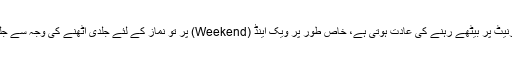
جن کو شوق ہے، بعضوں کو رات دیر تک ٹی وی دیکھنے یا انٹرنیٹ پر بیٹھے رہنے کی عادت ہوتی ہے، خاص طور پر ویک اینڈ (Weekend) پر تو نماز کے لئے جلدی اُٹھنے کی وجہ سے جلدی سونے کی عادت پڑے گی اور بلا وجہ وقت ضائع نہیں ہو گا۔